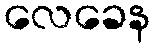
လေခေန